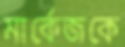
মার্কেজকে